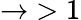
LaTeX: \rightarrow\; >1